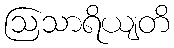
ဩသာရိယျတိ